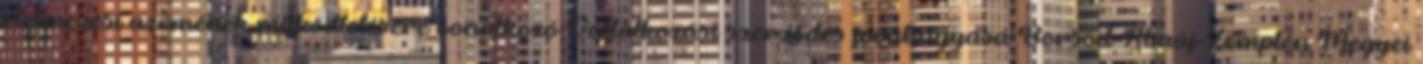
élelmezési üzemének működtetésére vonatkozó Vállalkozási szerződés jóváhagyása Borsod-Abaúj-Zemplén Megyei